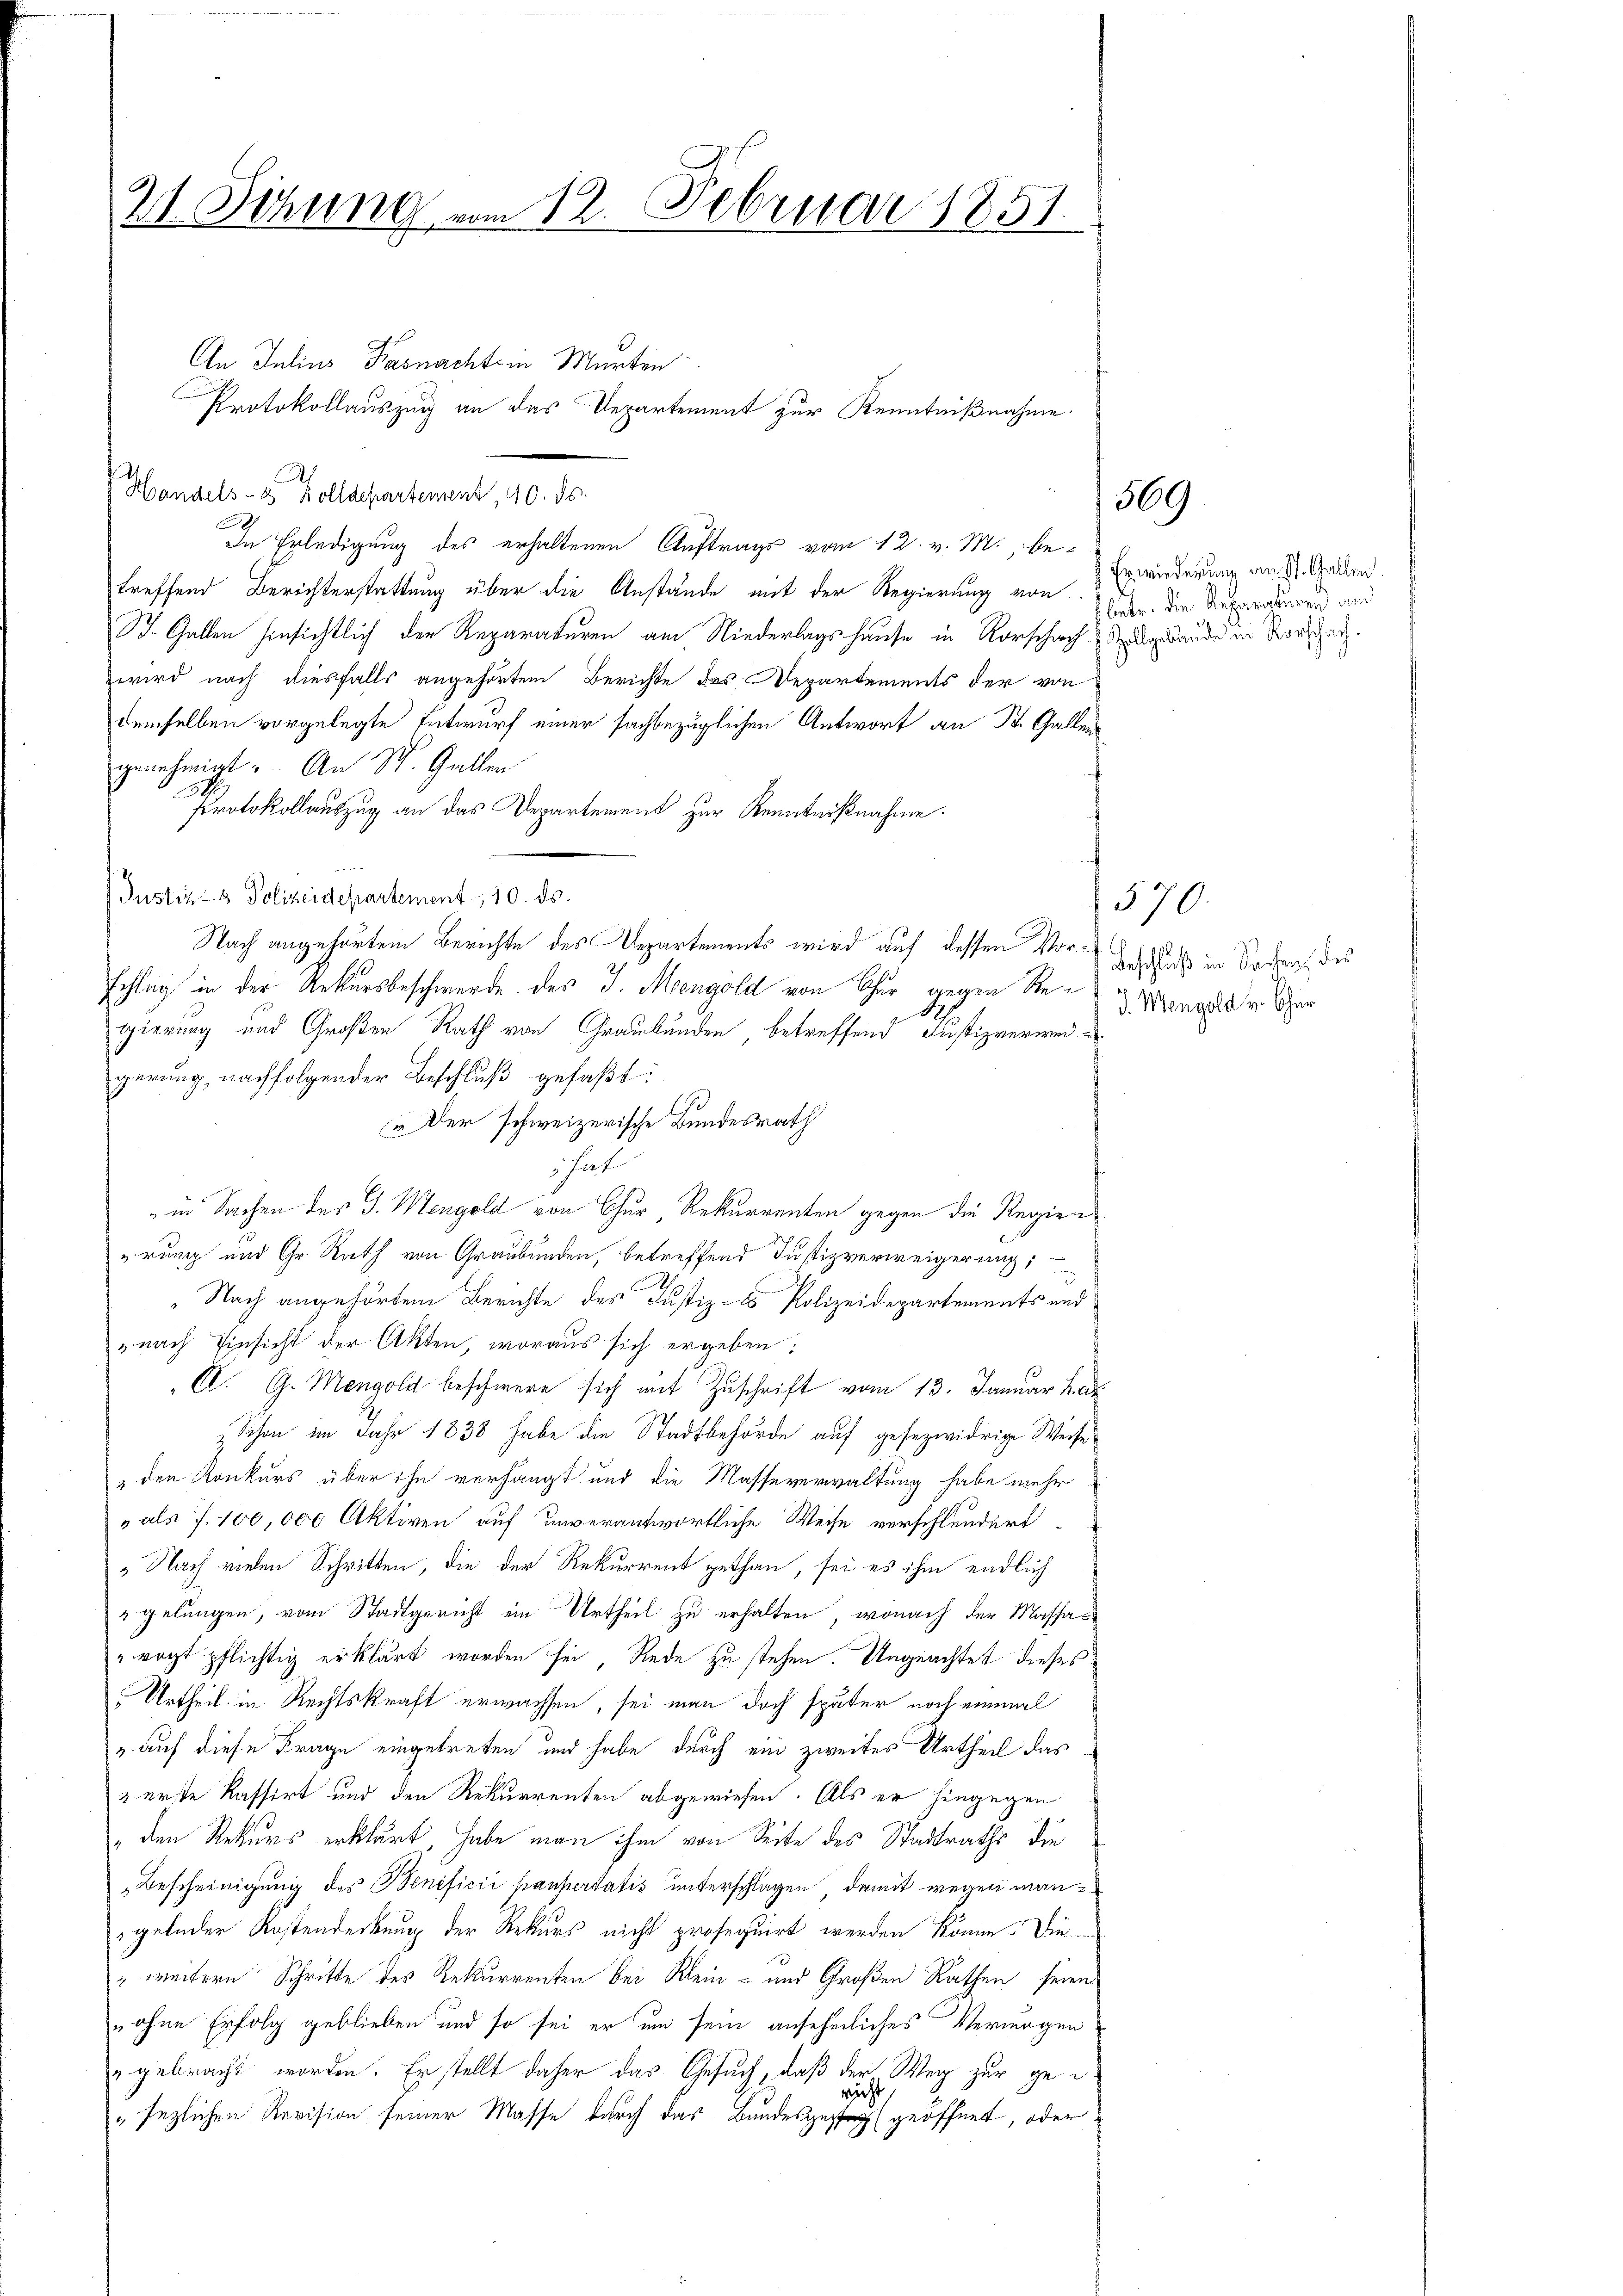
21. Sitzung vom 12. Februar 1851.

An Julius Kasnacht in Murten
Pbendels- u. Kollatentement, 10 de
In Erledigung des erhaltenen Auftrags vom 12. v. M. be-
treffend Berichterstattung über die Anstände mit der Regierung von
St. Gallen hinsichtlich der Reparaturen am Niederlagshause in Vorschach gebäude in Vorschen.
wird nach diesfalls angehörtem Berichte des Departements der von
demselben vorgelegte Entwurf einer sachbezüglichen Antwort an St. Gallen
genehmigt. An St. Gallen
Protokollauszug an das Departement zur Kenntnißnahme.
 Justiz- & Polizeidepartement, 10. ds.
Nach angehörtem Berichte des Departements wird auf dessen Vor-Geschlauch in Sachen des
schlag in der Rekursbeschwerde des J. Mengold von Chur gegen Re- Minore in er
S
gierung und Großen Rath von Graubünden, betreffend Justizverweigerung, nachfolgender Beschluß gefaßt:
„Der schweizerische Bundesrath
hat
in Sachen des J. Mengold von Chur Rekurrenten gegen die Regien
rung und Gr. Rath von Graubünden, betreffend Justizverweigerung;
Nach angehörtem Berichte des Justiz- & Polizeidepartements und
„nach Einsicht der Akten, woraus sich ergeben:
C. G. Mongold beschwere sich mit Zuschrift vom 13. Januar Ka
& Schon im Jahr 1838 habe die Stadtbehörde auf gesezwidrige Weise
den Konkurs über ihn verhängt und die Masseverwaltung habe mehr
" als 7. 100,000 Aktiven auf unverantwortliche Weise verschlundert
 Nach vielen Schritten, die der Rekurrent gethan, sei es ihm endlich
"gelungen, vom Stadtgericht ein Urtheil zu erhalten, wonach der Massa¬
" recht pflichtig erklärt worden sei, Rede zu stehen. Ungeachtet dieses
Urtheil in Rechtskraft erwachsen, sei man doch später noch einmal
" auf diese Frage eingetreten und habe durch ein zweites Urtheil das
2 erste Kassirt und den Rekurrenten abgewiesen. Als er hingegen
" den Rekurs erklärt, habe man ihm von Seite des Stadtraths, die
Bescheinigung des Benificii paupertatis unterschlagen, damit wegen mangelnder Kostendeckung der Rekurs nicht prosequirt werden könne. Die
" weitern Schritte des Rekurrenten bei Klein- und Großen Rathen, seien
„ohne Erfolg geblieben und so sei er um sein ansehnliches Vermögen
gebracht worden. Er stellt daher das Gesuch, daß der Weg zur gericht
"sezlichen Revision seiner Masse durch das Bandesgeste geöffnet, oder

Protokollauszug an das Departement zur Kenntnißnahme.

569.

Erwiederung an St. Gallen.
fbiete. Die Reparaturen and

570.